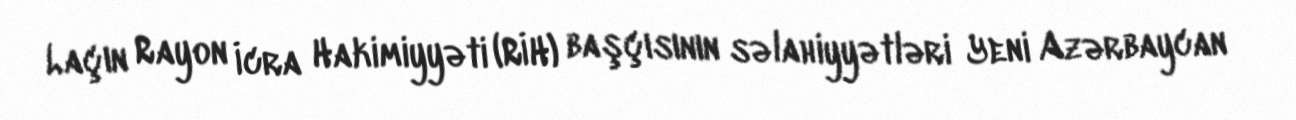
Laçın Rayon İcra Hakimiyyəti (RİH) başçısının səlahiyyətləri Yeni Azərbaycan